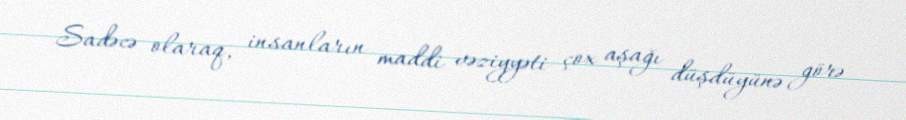
Sadəcə olaraq, insanların maddi vəziyyəti çox aşağı düşdüyünə görə